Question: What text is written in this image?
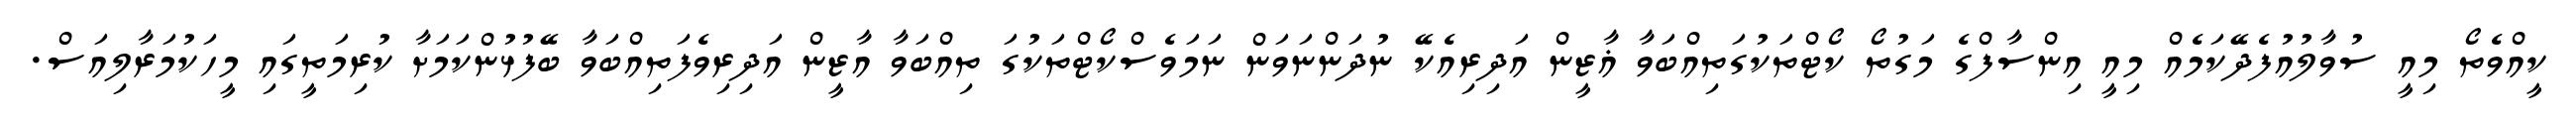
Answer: ކީއްވެތޯ މިއީ ސުވާލުއުފެދޭކަމެއް މިއީ އިންސާފްގެ މަގުތޯ ކޯޓްތަކުގަތިއްބަވާ ޣާޒީން އަދިރިއެކޭ ނުދަންނަވަން ނަމަވެސްކޯޓްތަކުގަ ތިއްބަވާ އާޒީން އަދިރިވެފަތިއްބަވާ ބޭފުޅުންކަމަށާ ކުރިމަތީގައި މީހަކުމަރާލިއަސް.